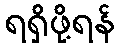
ရရှိဖို့ရန်